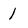
Character: 1